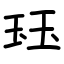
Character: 𤤴